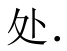
处.